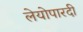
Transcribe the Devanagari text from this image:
लेयोपारदी